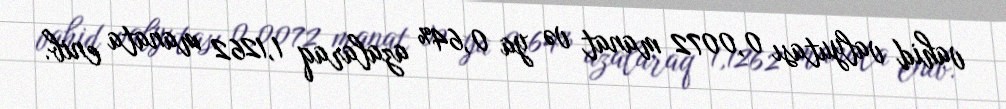
vahid valyutası 0,0072 manat və ya 0,64% azalaraq 1,1262 manata enib.